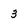
Character: 3